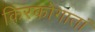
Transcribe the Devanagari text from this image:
किरकोगातां